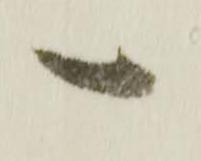
一